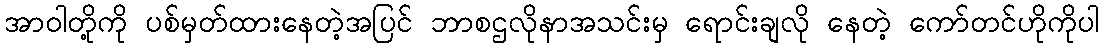
အာဝါတို့ကို ပစ်မှတ်ထားနေတဲ့အပြင် ဘာစဌလိုနာအသင်းမှ ရောင်းချလို နေတဲ့ ကော်တင်ဟိုကိုပါ